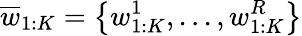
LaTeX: \overline{{w}}_{1:K}=\left\{ w_{1:K}^{1},...,w_{1:K}^{R}\right\}